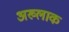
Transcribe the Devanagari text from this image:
अख्लाक